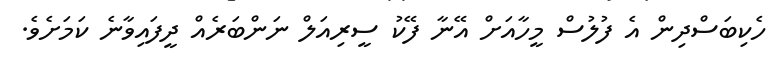
ހެކިބަސްދިން އެ ފުލުސް މީހާއަށް އޭނާ ފޭކު ސީރިއަލް ނަންބަރެއް ދީފައިވާނެ ކަމަށެވެ.